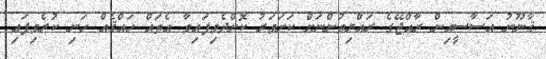
ޤާނޫނު އަސާސީއިން ރާއްޖޭގެ ރައްޔިތުންނަށް ކަށަވަރު ކޮށްދެވިފައިވާ އެތައް ހައްޤެއް ހަނި ކުރެވިފައި